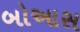
બોઆસ